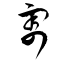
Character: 割